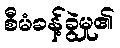
စီမံခန့်ခွဲမှု၏